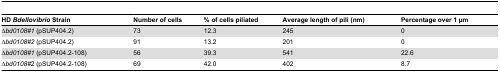
<table><thead><tr><td><b>HD <i>Bdellovibrio</i> Strain</b></td><td><b>Number of cells</b></td><td><b>% of cells piliated</b></td><td><b>Average length of pili (nm)</b></td><td><b>Percentage over 1 μm</b></td></tr></thead><tbody><tr><td>∆<i>bd0108#1</i> (pSUP404.2)</td><td>73</td><td>12.3</td><td>245</td><td>0</td></tr><tr><td>∆<i>bd0108#2</i> (pSUP404.2)</td><td>91</td><td>13.2</td><td>201</td><td>0</td></tr><tr><td>∆<i>bd0108#1</i> (pSUP404.2-108)</td><td>56</td><td>39.3</td><td>541</td><td>22.6</td></tr><tr><td>∆<i>bd0108#</i>2 (pSUP404.2-108)</td><td>69</td><td>42.0</td><td>402</td><td>8.7</td></tr></tbody></table>